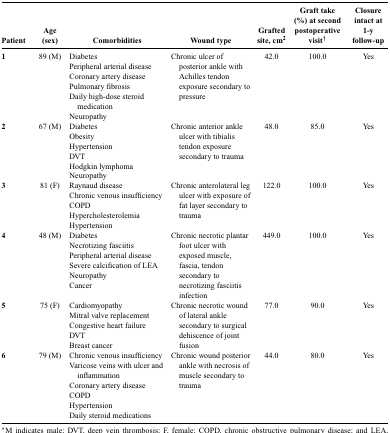
| Patient | Age (sex) | Comorbidities | Wound type | Grafted site, cm2 | Graft take (%) at second postoperative visit† | Closure intact at 1-y follow-up |
 | --- | --- | --- | --- | --- | --- | --- |
 | 1 | 89 (M) | DiabetesPeripheral arterial diseaseCoronary artery diseasePulmonary fibrosisDaily high-dose steroid medicationNeuropathy | Chronic ulcer of posterior ankle with Achilles tendon exposure secondary to pressure | 42.0 | 100.0 | Yes |
 | 2 | 67 (M) | DiabetesObesityHypertensionDVTHodgkin lymphomaNeuropathy | Chronic anterior ankle ulcer with tibialis tendon exposure secondary to trauma | 48.0 | 85.0 | Yes |
 | 3 | 81 (F) | Raynaud diseaseChronic venous insufficiencyCOPDHypercholesterolemiaHypertension | Chronic anterolateral leg ulcer with exposure of fat layer secondary to trauma | 122.0 | 100.0 | Yes |
 | 4 | 48 (M) | DiabetesNecrotizing fasciitisPeripheral arterial diseaseSevere calcification of LEANeuropathyCancer | Chronic necrotic plantar foot ulcer with exposed muscle, fascia, tendon secondary to necrotizing fasciitis infection | 449.0 | 100.0 | Yes |
 | 5 | 75 (F) | CardiomyopathyMitral valve replacementCongestive heart failureDVTBreast cancer | Chronic necrotic wound of lateral ankle secondary to surgical dehiscence of joint fusion | 77.0 | 90.0 | Yes |
 | 6 | 79 (M) | Chronic venous insufficiencyVaricose veins with ulcer and inflammation Coronary artery diseaseCOPDHypertensionDaily steroid medications | Chronic wound posterior ankle with necrosis of muscle secondary to trauma | 44.0 | 80.0 | Yes |